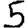
Digit: 5